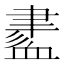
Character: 𧗁